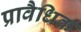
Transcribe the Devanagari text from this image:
प्रावैधिक